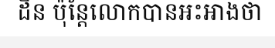
ដិន ប៉ុន្តែលោកបានអះអាងថា